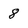
Character: 8